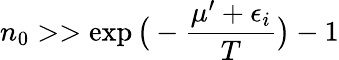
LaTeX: n_{0}>>\exp{\big(-\frac{\mu^{\prime}+\epsilon_{i}}{T}\big)}-1